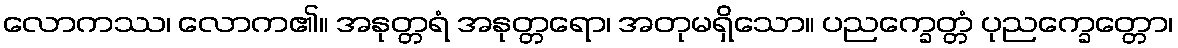
လောကဿ၊ လောက၏။ အနုတ္တရံ အနုတ္တရော၊ အတုမရှိသော။ ပညက္ခေတ္တံ ပုညက္ခေတ္တော၊